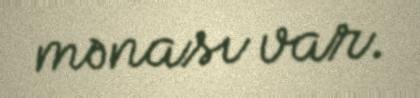
mənası var.